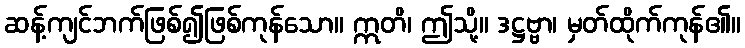
ဆန့်ကျင်ဘက်ဖြစ်၍ဖြစ်ကုန်သော။ ဣတိ၊ ဤသို့။ ဒဋ္ဌဗ္ဗာ၊ မှတ်ထိုက်ကုန်၏။